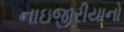
નાઇજીરીયાનો